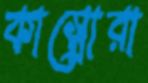
কাস্ত্রোরা